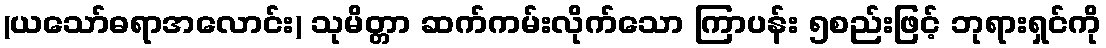
(ယသော်ဓရာအလောင်း) သုမိတ္တာ ဆက်ကမ်းလိုက်သော ကြာပန်း ၅စည်းဖြင့် ဘုရားရှင်ကို